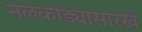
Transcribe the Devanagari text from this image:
नळकांड्यासारखे